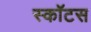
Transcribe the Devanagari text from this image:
स्कॉटस